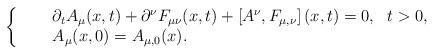
LaTeX: \begin{align*}\left\{ \begin{array}{rcl} & & \partial_t A_\mu (x,t) + \partial^\nu F_{\mu \nu}(x,t) + \left[ A^\nu, F_{\mu,\nu}\right](x,t) = 0,~~t >0, \\ & & A_\mu(x,0) = A_{\mu,0}(x). \end{array} \right.\end{align*}